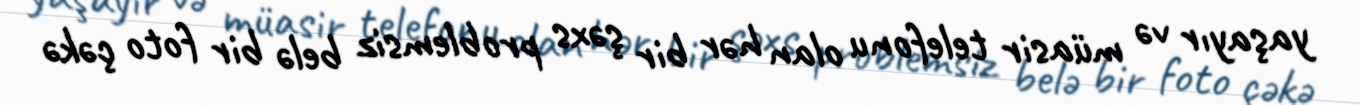
yaşayır və müasir telefonu olan hər bir şəxs problemsiz belə bir foto çəkə